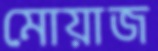
মোয়াজ